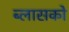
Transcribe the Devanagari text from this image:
ब्लासको